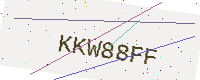
Text: KKW88FF